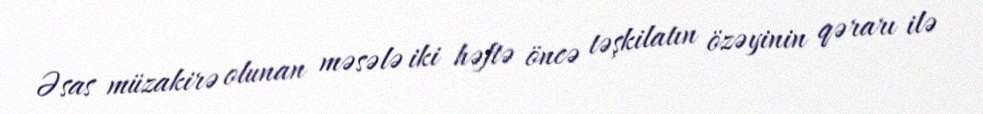
Əsas müzakirə olunan məsələ iki həftə öncə təşkilatın özəyinin qərarı ilə